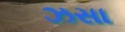
ઝસા